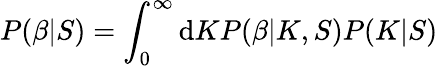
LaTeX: P(\beta|S)=\int_{0}^{\infty}\mathrm{d}KP(\beta|K,S)P(K|S)